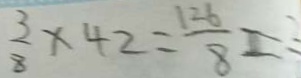
\frac { 3 } { 8 } \times 4 2 = \frac { 1 2 6 } { 8 } =